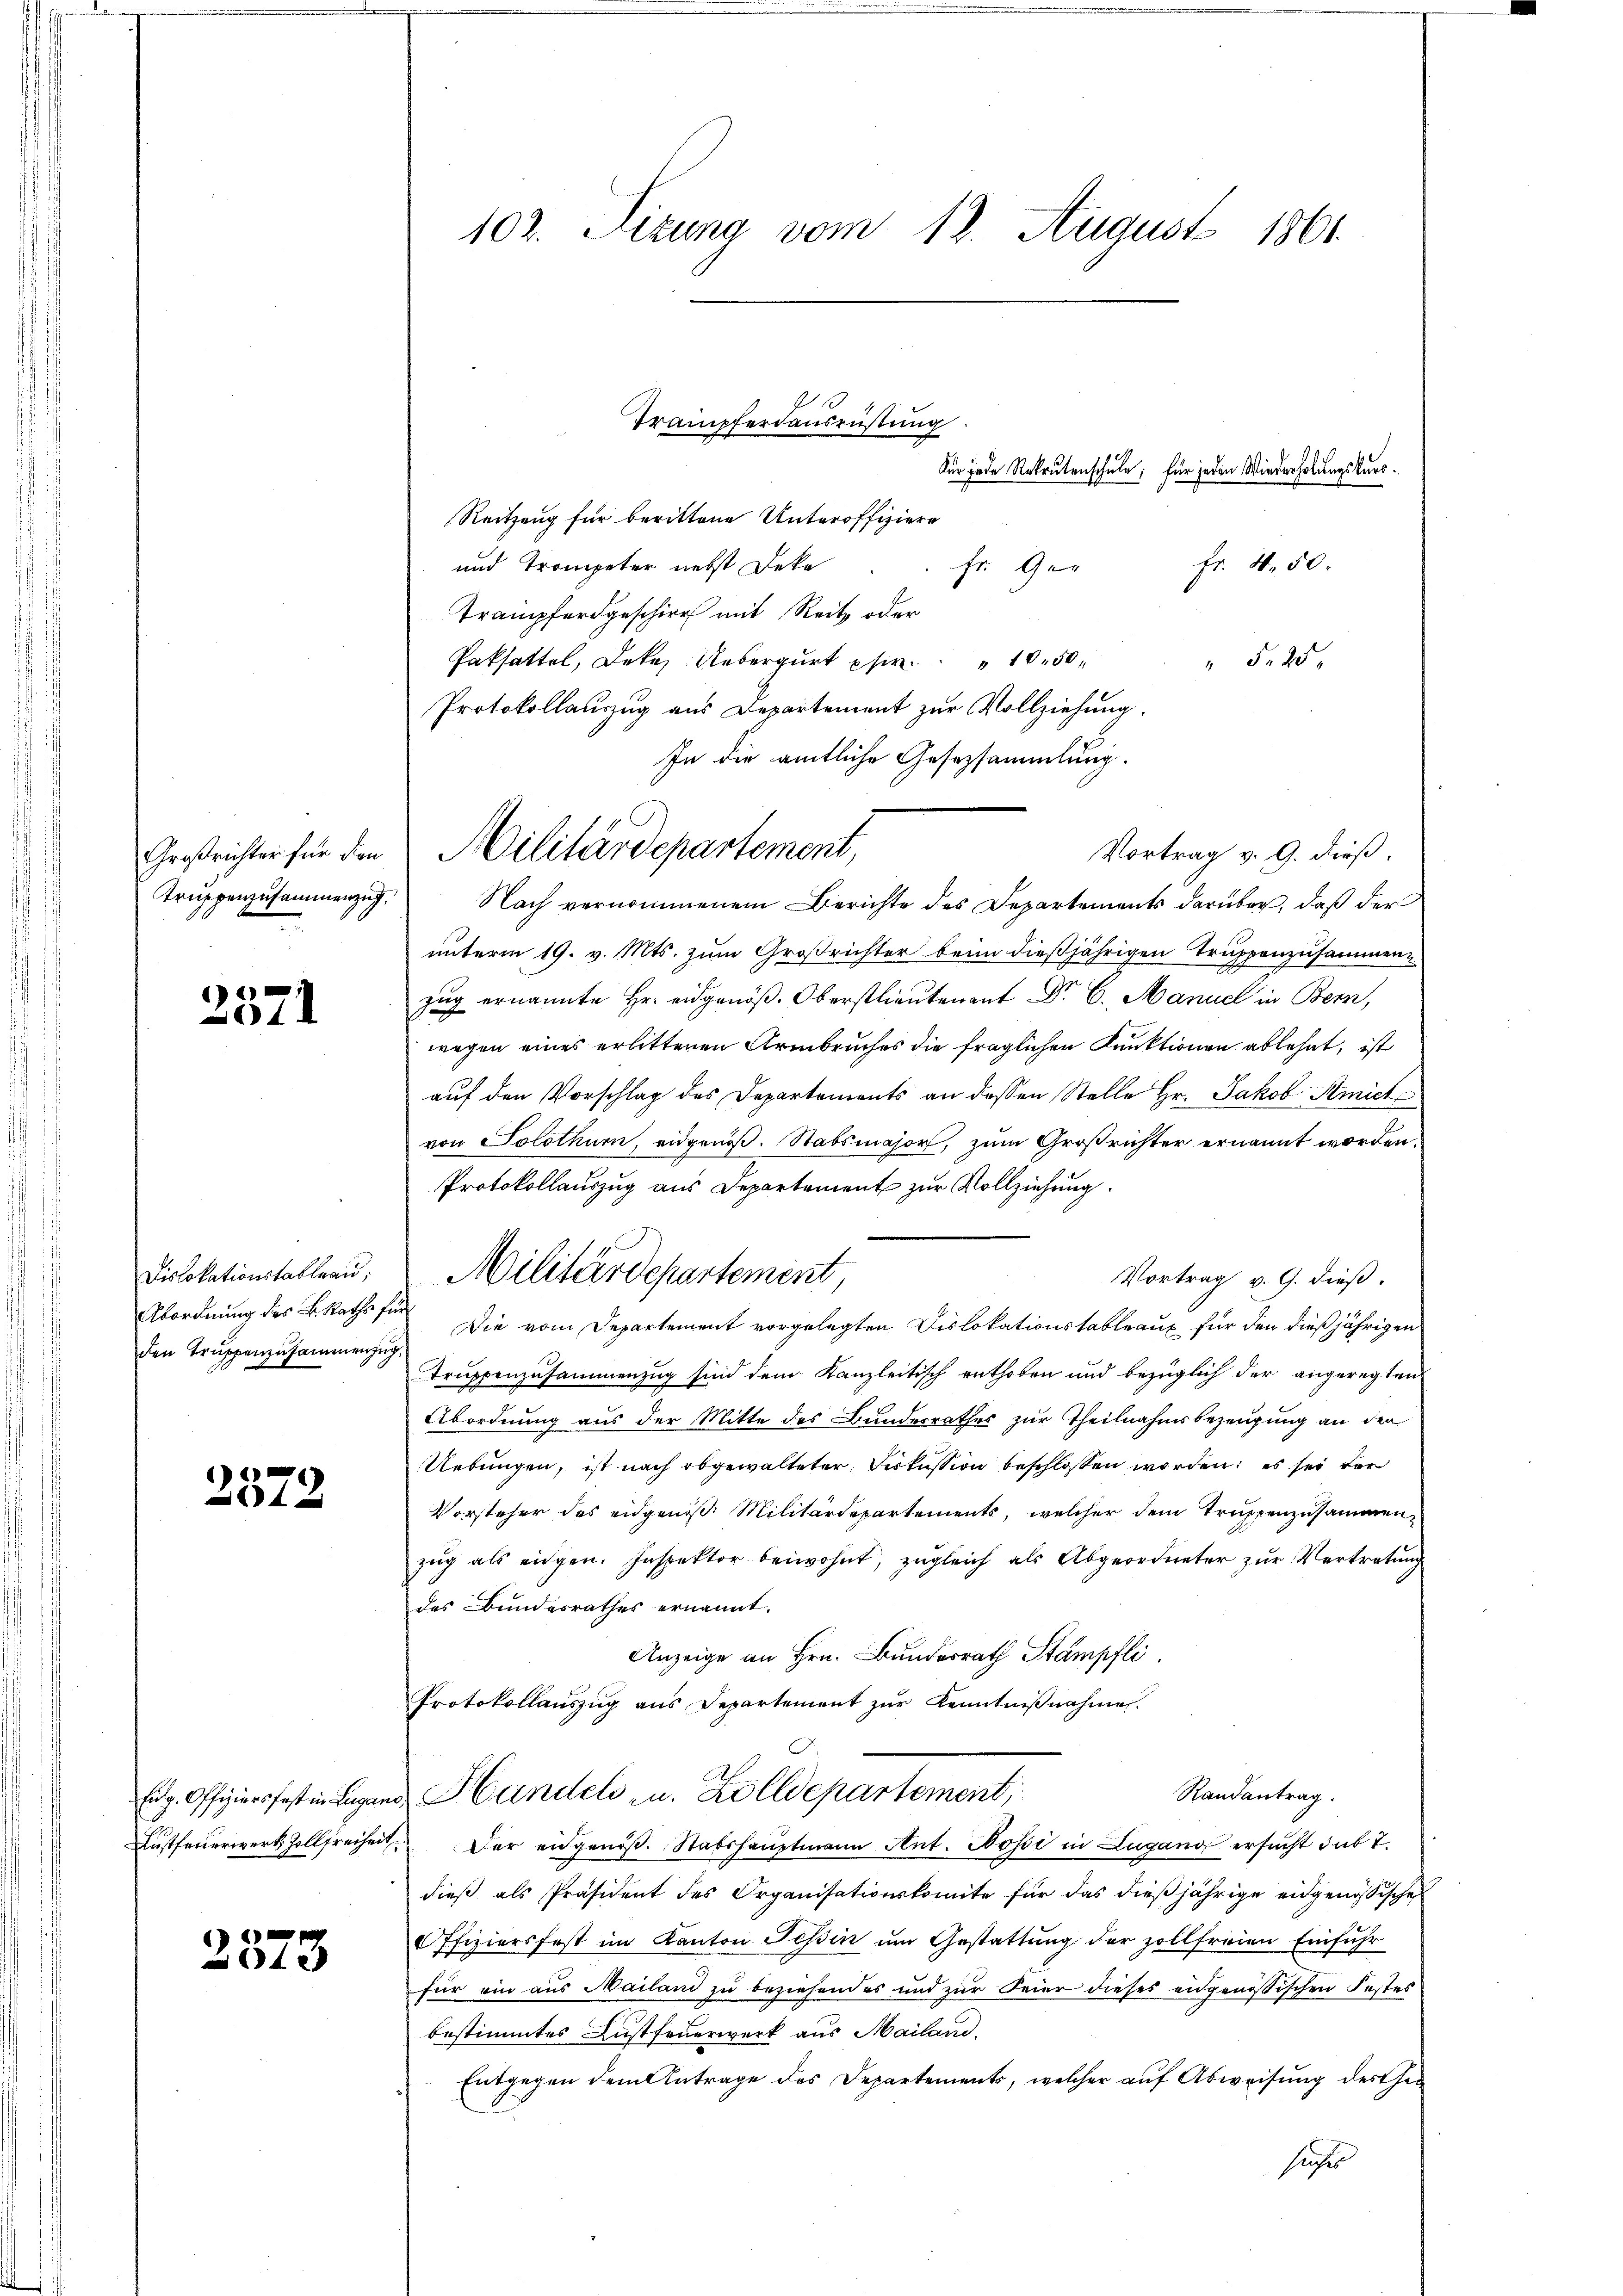
1
01

Dislokationstableau,
den Truppenzusammenzug

2572.

2573

102. Sizung vom 12. August 1861.

Großrichter für den Militärdepartement,

Militärdepartement,

Trampferdausrüstung
Reitzung für berittene Unteroffiziere
und Trompeter nebst Deka
Fr. 4. 50.
Fr. Geg
Trampferdgeschirr mit Reit oder
Paksatte, Dek Uebert pr. 10.50 " " 5. 25
Protokollauszug aus Departement zur Vollziehung.
In die amtliche Gesezsammlung.
Vortrag v. 9. dieß.
Trŭppenzusammenzŭg. Nach vernommenem Berichte des Departements darüber, daβ der
unterm 19. v. Mts. zum Großrichter beim dießjährigen Truppenzusammen
zug ernannte Hr. eidgenöß. Oberstlieutenant Dr. C. Manuel in Bern,
wegen eines erlittenen Armbruches die fraglichen Kunktionen ablehnt, ist
auf den Vorschlag des Departements an dessen Stelle Hr. Jakob Amiet
von Solothur, eidgenöß. Stabsmajor, zum Großrichter ernannt worden.
Protokollauszug aus Departement zur Vollziehung.
Vortrag v. G. dieß.
Abordnung des B. Raths sie Die vom Departement vorgelegten Dislokationstableaux für den dießjährigen
Truppenzusammenzug sind dem Kanzleitisch enthoben und bezüglich der angeregten
Abordnung aus der Mitte des Bundesrathes zur Theilnahmsbezeugung an der
Uebungen, ist nach abgewalteter Diskussion beschlossen worden; es sei der
Vorsteher des eidgenöß. Militärdepartements, welcher dem Truppenzusammenzŭg als eidgen. Inspektor beiwohnt, zugleich als Abgeordneter zur Vertretung
des Bundesrathes ernannt.
Anzeige an Hrn. Bundesrath Stampfli
Protokollauszug aus Departement zŭr Kenntniβnahme.
Randantrag.
Eig. Offiziersfest in Lugans Handels zu. Zolldepartement,
Ausfeuerwerk, Zollfreiheit der eidgenöß. Stabshauptmann Ant. Wossi in Lugano ersucht dab 7.
dieß als Präsident des Organisationskomite für das dießjährige eidgenössische
Offiziersfest im Kanton Teßin am Gestattung der zollfreien Einfuhr
für ein aus Mailand zu beziehendes und zur Feier dieses eidgenössischen Festes
bestimmtes Lustfeuerwerk aus Mailand.
Entgegen dem Antrage des Departements, welcher auf Abweisung des Gesher

Für jede Rekrutenschule, für jeden Wiederholungskurs¬